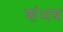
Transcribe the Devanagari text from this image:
शंभव